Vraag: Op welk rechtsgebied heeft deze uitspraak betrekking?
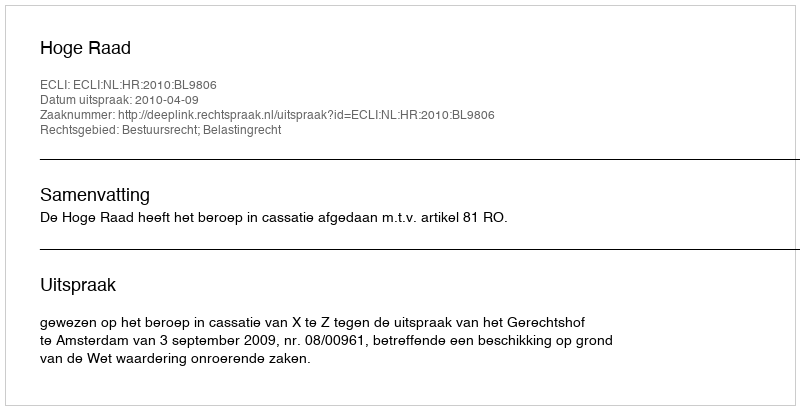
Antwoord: Bestuursrecht; Belastingrecht